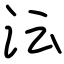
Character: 沄